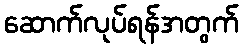
ဆောက်လုပ်ရန်အတွက်